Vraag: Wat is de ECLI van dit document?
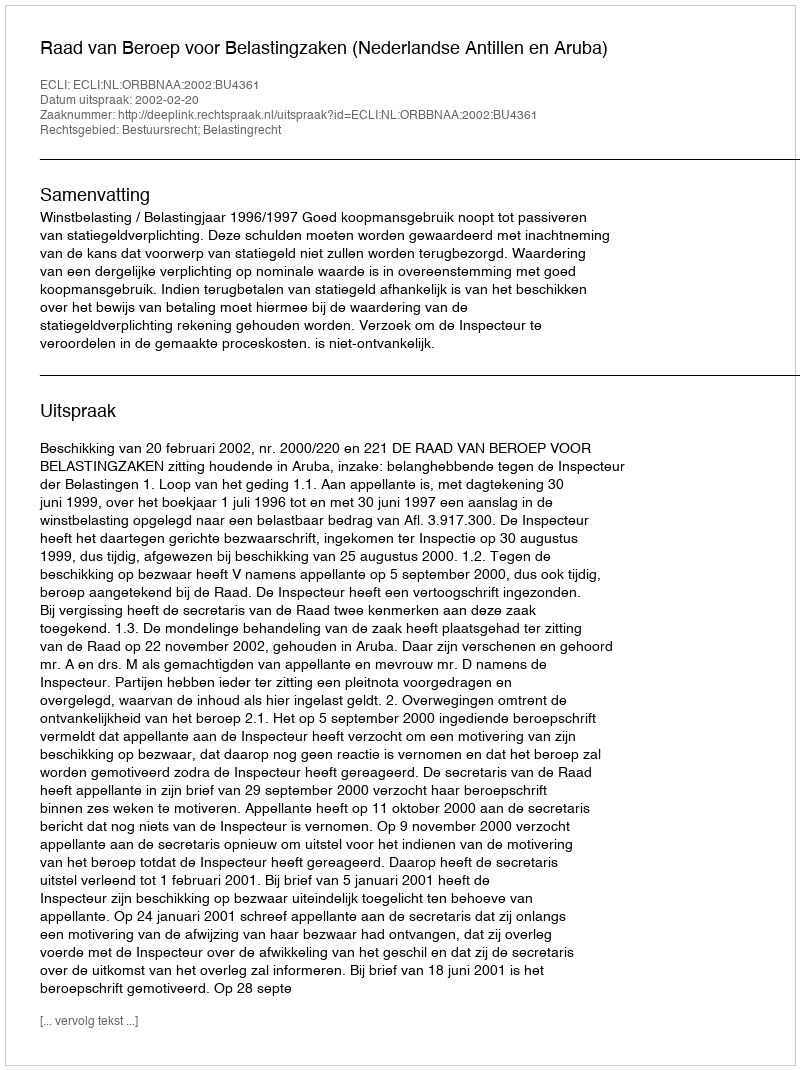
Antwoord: ECLI:NL:ORBBNAA:2002:BU4361